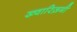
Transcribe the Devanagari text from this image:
ख्वारिज़मी